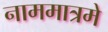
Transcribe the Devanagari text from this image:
नाममात्रमे